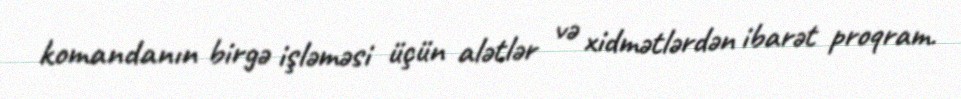
komandanın birgə işləməsi üçün alətlər və xidmətlərdən ibarət proqram.